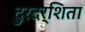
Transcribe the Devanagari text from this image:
दुरदर्शिता